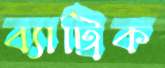
ব্যাট্রিক